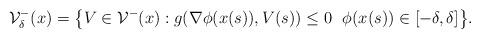
LaTeX: \begin{align*}\mathcal V^{-}_\delta(x) =\big\{V \in \mathcal V^{-}(x):g(\nabla \phi(x(s)),V(s)) \leq 0\ \ \phi(x(s))\in [-\delta,\delta]\big\}.\end{align*}